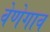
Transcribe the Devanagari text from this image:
वेणेगाव